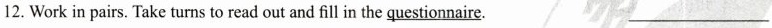
12. Work in pairs. Take turns to read out and fill in the \underline{questionnaire}. ___